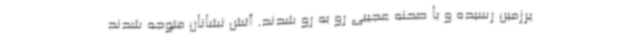
یرزمین رسیده و با صحنه عجیبی رو به رو شدند. آتش نشانان متوجه شدند